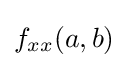
f_{xx}(a,b)